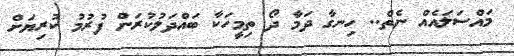
މައްސަލައެއް ނެތް.. ހިނގާ ދަމާ ދޯ ތިމީހަކާ ބައްދަލުކުރަން ފުރުމު ކުރިޔަށް